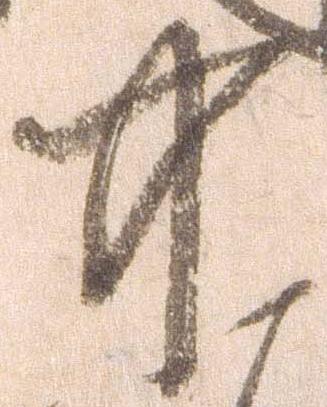
中